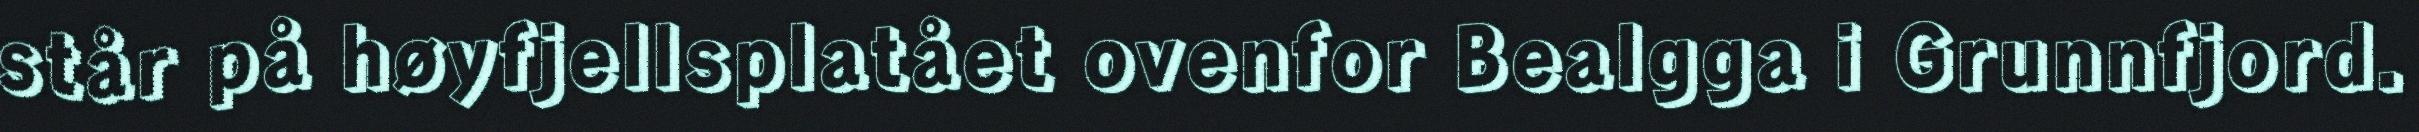
står på høyfjellsplatået ovenfor Bealgga i Grunnfjord.